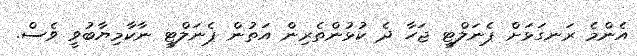
އެންމެ ރަނގަޅަށް ޕެނަލްޓީ ޖަހާ ދެ ކުޅުންތެރިން އަތުން ޕެނަލްޓީ ނާކާމިޔާބުވީ ވެސް.